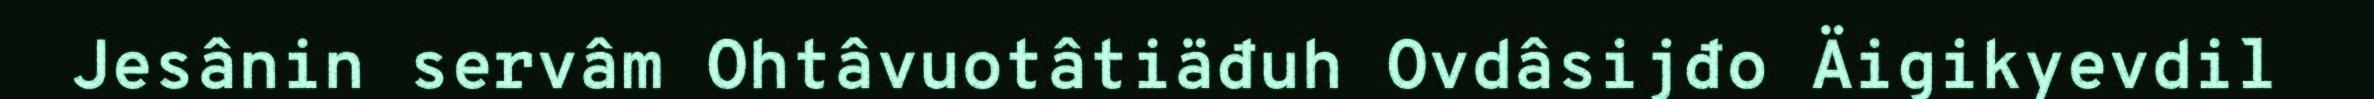
Jesânin servâm Ohtâvuotâtiäđuh Ovdâsijđo Äigikyevdil